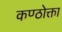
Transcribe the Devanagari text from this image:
कण्ठोक्ता